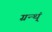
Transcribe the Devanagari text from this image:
ग्रन्थ्ं